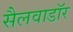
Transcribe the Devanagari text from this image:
सैलवाडॉर